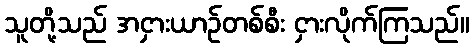
သူတို့သည် အငှားယာဉ်တစ်စီး ငှားလိုက်ကြသည်။